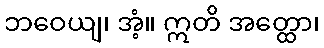
ဘဝေယျ၊ အံ့။ ဣတိ အတ္ထော၊